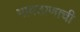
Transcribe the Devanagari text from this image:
गावठाणाची